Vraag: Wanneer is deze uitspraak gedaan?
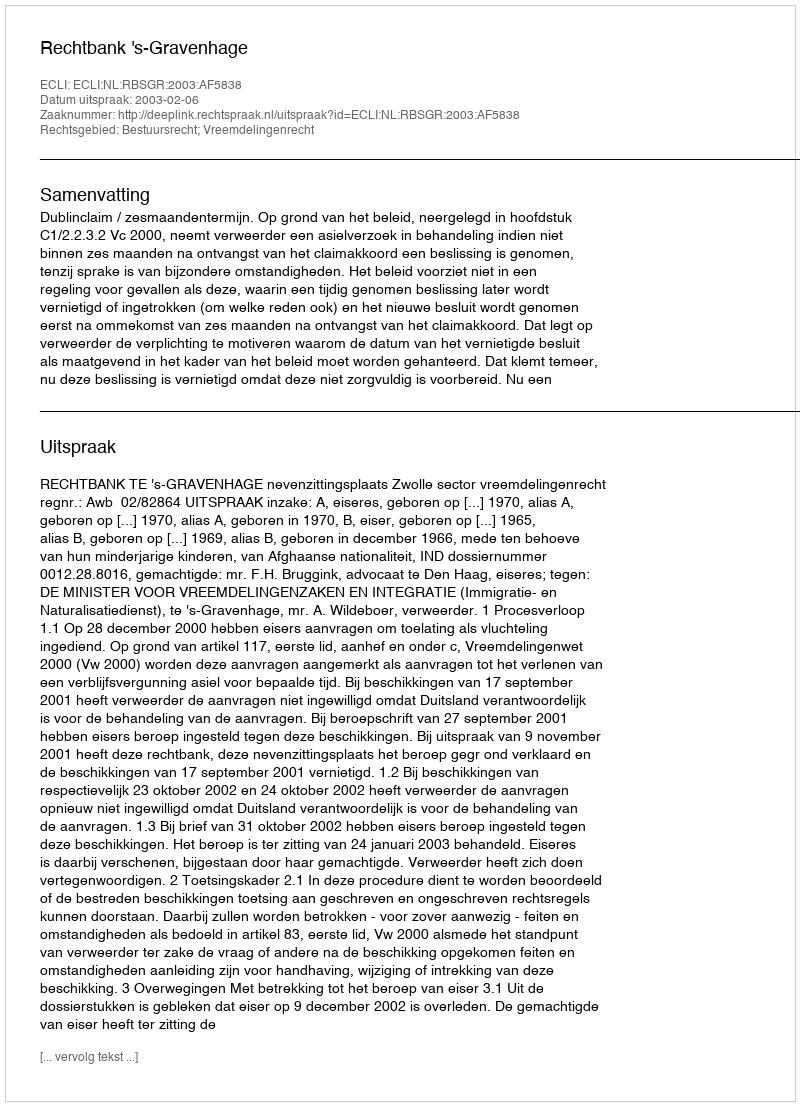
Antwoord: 2003-02-06